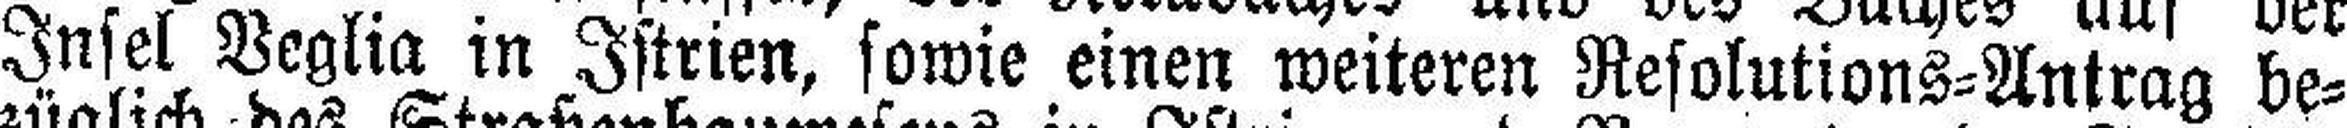
Insel Veglia in Istrien, sowie einen weiteren Resolutions=Antrag be¬